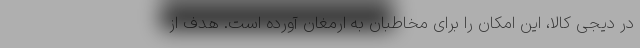
در دیجی کالا، این امکان را برای مخاطبان به ارمغان آورده است. هدف از